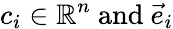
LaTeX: c_{i}\in\mathbb{R}^{n}{\mathrm{~and~}}{\vec{e}}_{i}